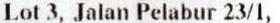
LOT 3, JALAN PELABUR 23/1,